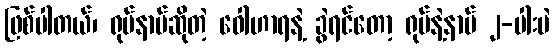
ဖြစ်ပါတယ်၊ ရုပ်နာမ်ဆိုတဲ့ ဝေါဟာရနဲ့ ခွဲရင်တော့ ရုပ်နဲ့နာမ် ၂-ပါးပဲ